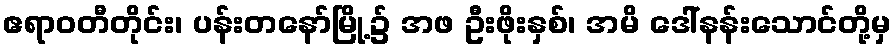
ဧရာဝတီတိုင်း၊ ပန်းတနော်မြို့၌ အဖ ဦးဖိုးနှစ်၊ အမိ ဒေါ်နန်းသောင်တို့မှ